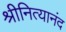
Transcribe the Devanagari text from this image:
श्रीनित्यानंद